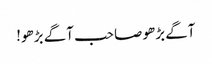
آگے بڑھو صاحب آگے بڑھو!